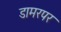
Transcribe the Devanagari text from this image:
डामरपर